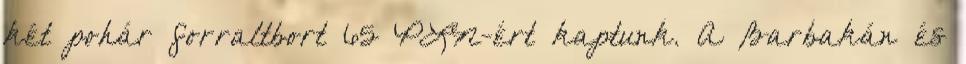
két pohár forraltbort 65 PLN-ért kaptunk. A Barbakán és